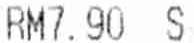
RM7.90 S